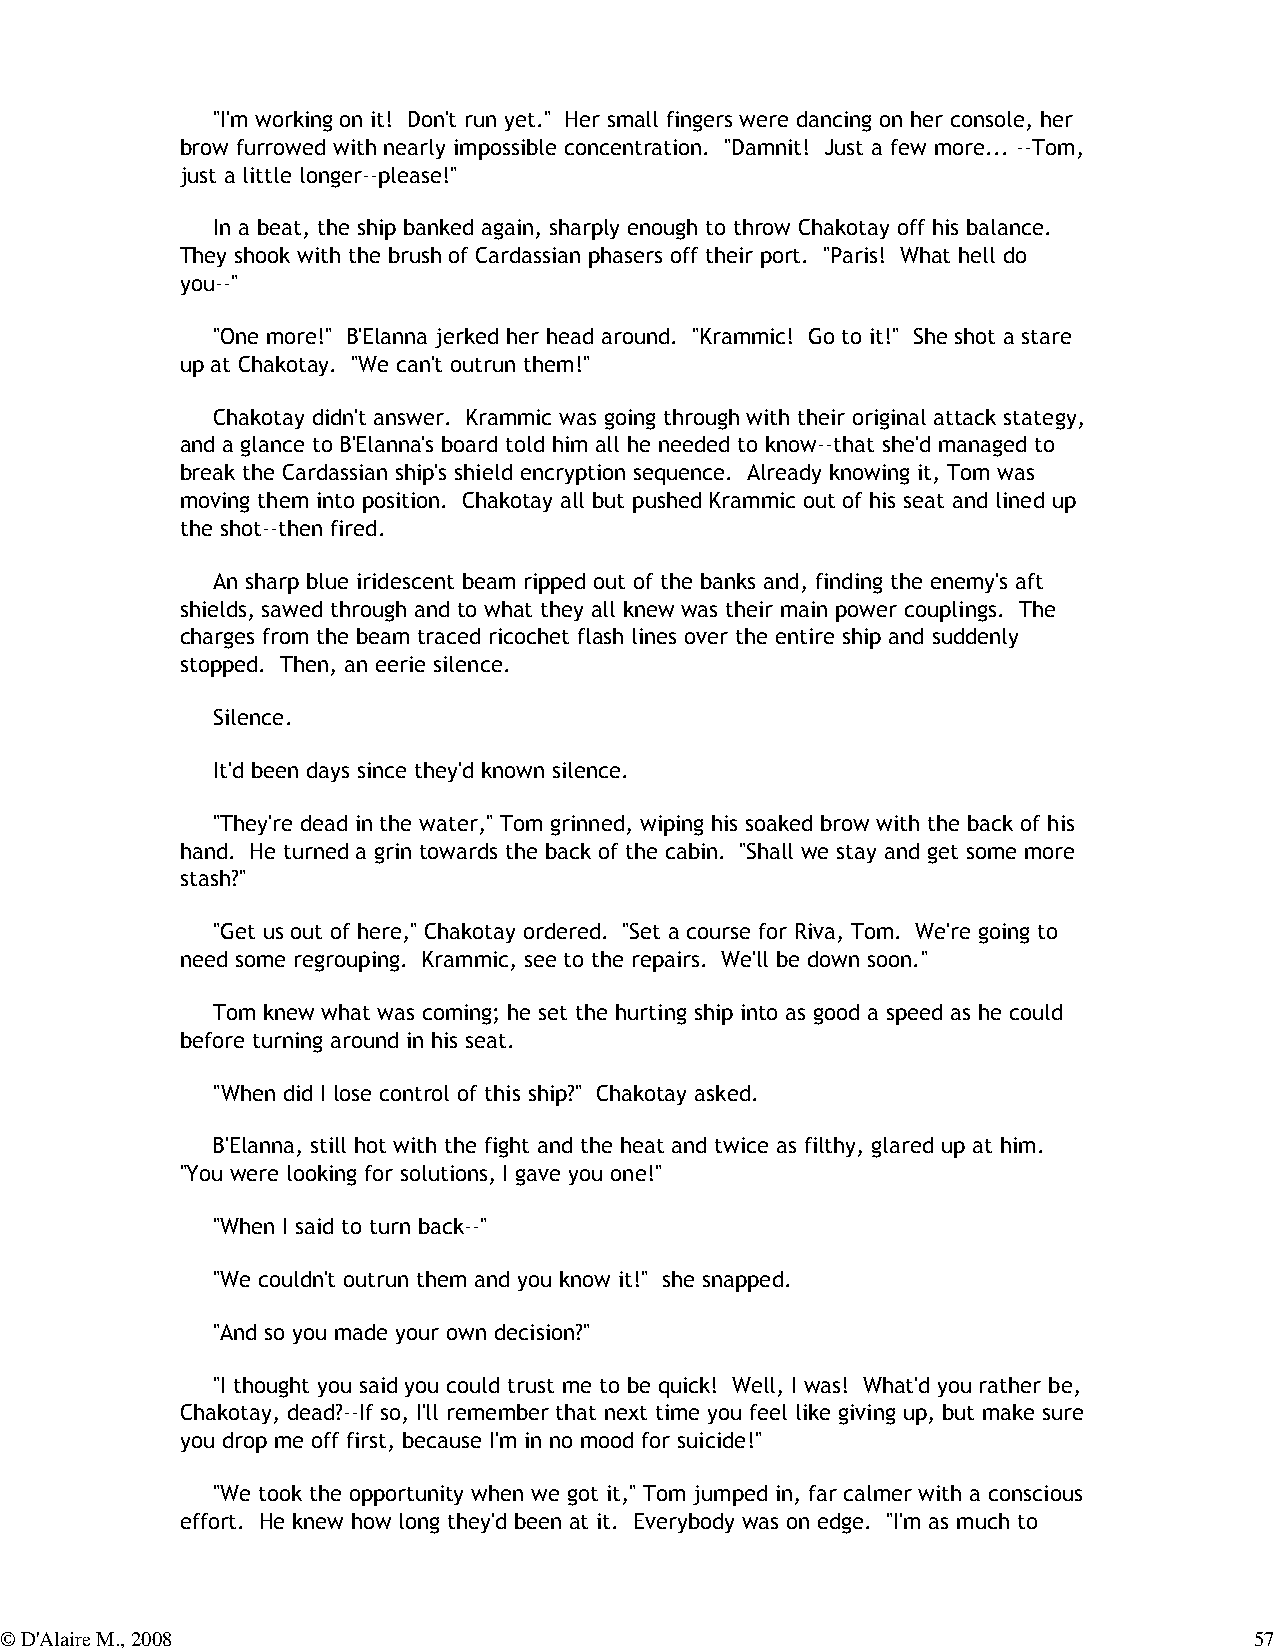
"I'm working on it! Don't run yet." Her small fingers were dancing on her console, her
 brow furrowed with nearly impossible concentration. "Damnit! Just a few more... --Tom,
 just a little longer--please!"
 In a beat, the ship banked again, sharply enough to throw Chakotay off his balance.
 They shook with the brush of Cardassian phasers off their port. "Paris! What hell do
 you--"
 "One more!" B'Elanna jerked her head around. "Krammic! Go to it!" She shot a stare
 up at Chakotay. "We can't outrun them!"
 Chakotay didn't answer. Krammic was going through with their original attack stategy,
 and a glance to B'Elanna's board told him all he needed to know--that she'd managed to
 break the Cardassian ship's shield encryption sequence. Already knowing it, Tom was
 moving them into position. Chakotay all but pushed Krammic out of his seat and lined up
 the shot--then fired.
 An sharp blue iridescent beam ripped out of the banks and, finding the enemy's aft
 shields, sawed through and to what they all knew was their main power couplings. The
 charges from the beam traced ricochet flash lines over the entire ship and suddenly
 stopped. Then, an eerie silence.
 Silence.
 It'd been days since they'd known silence.
 "They're dead in the water," Tom grinned, wiping his soaked brow with the back of his
 hand. He turned a grin towards the back of the cabin. "Shall we stay and get some more
 stash?"
 "Get us out of here," Chakotay ordered. "Set a course for Riva, Tom. We're going to
 need some regrouping. Krammic, see to the repairs. We'll be down soon."
 Tom knew what was coming; he set the hurting ship into as good a speed as he could
 before turning around in his seat.
 "When did I lose control of this ship?" Chakotay asked.
 B'Elanna, still hot with the fight and the heat and twice as filthy, glared up at him.
 "You were looking for solutions, I gave you one!"
 "When I said to turn back--"
 "We couldn't outrun them and you know it!" she snapped.
 "And so you made your own decision?"
 "I thought you said you could trust me to be quick! Well, I was! What'd you rather be,
 Chakotay, dead?--If so, I'll remember that next time you feel like giving up, but make sure
 you drop me off first, because I'm in no mood for suicide!"
 "We took the opportunity when we got it," Tom jumped in, far calmer with a conscious
 effort. He knew how long they'd been at it. Everybody was on edge. "I'm as much to
 © D'Alaire M., 2008                                                                57